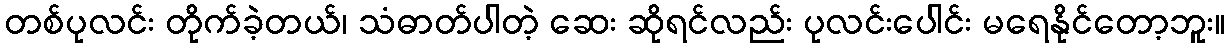
တစ်ပုလင်း တိုက်ခဲ့တယ်၊ သံဓာတ်ပါတဲ့ ဆေး ဆိုရင်လည်း ပုလင်းပေါင်း မရေနိုင်တော့ဘူး။